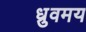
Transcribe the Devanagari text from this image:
ध्रुवमय